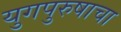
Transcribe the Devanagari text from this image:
युगपुरुषाचा